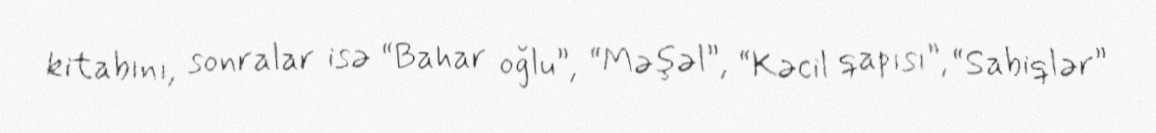
kitabını, sonralar isə “Bahar oğlu”, “Məşəl”, “Kəcil qapısı”, “Sabiqlər”